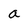
Character: a